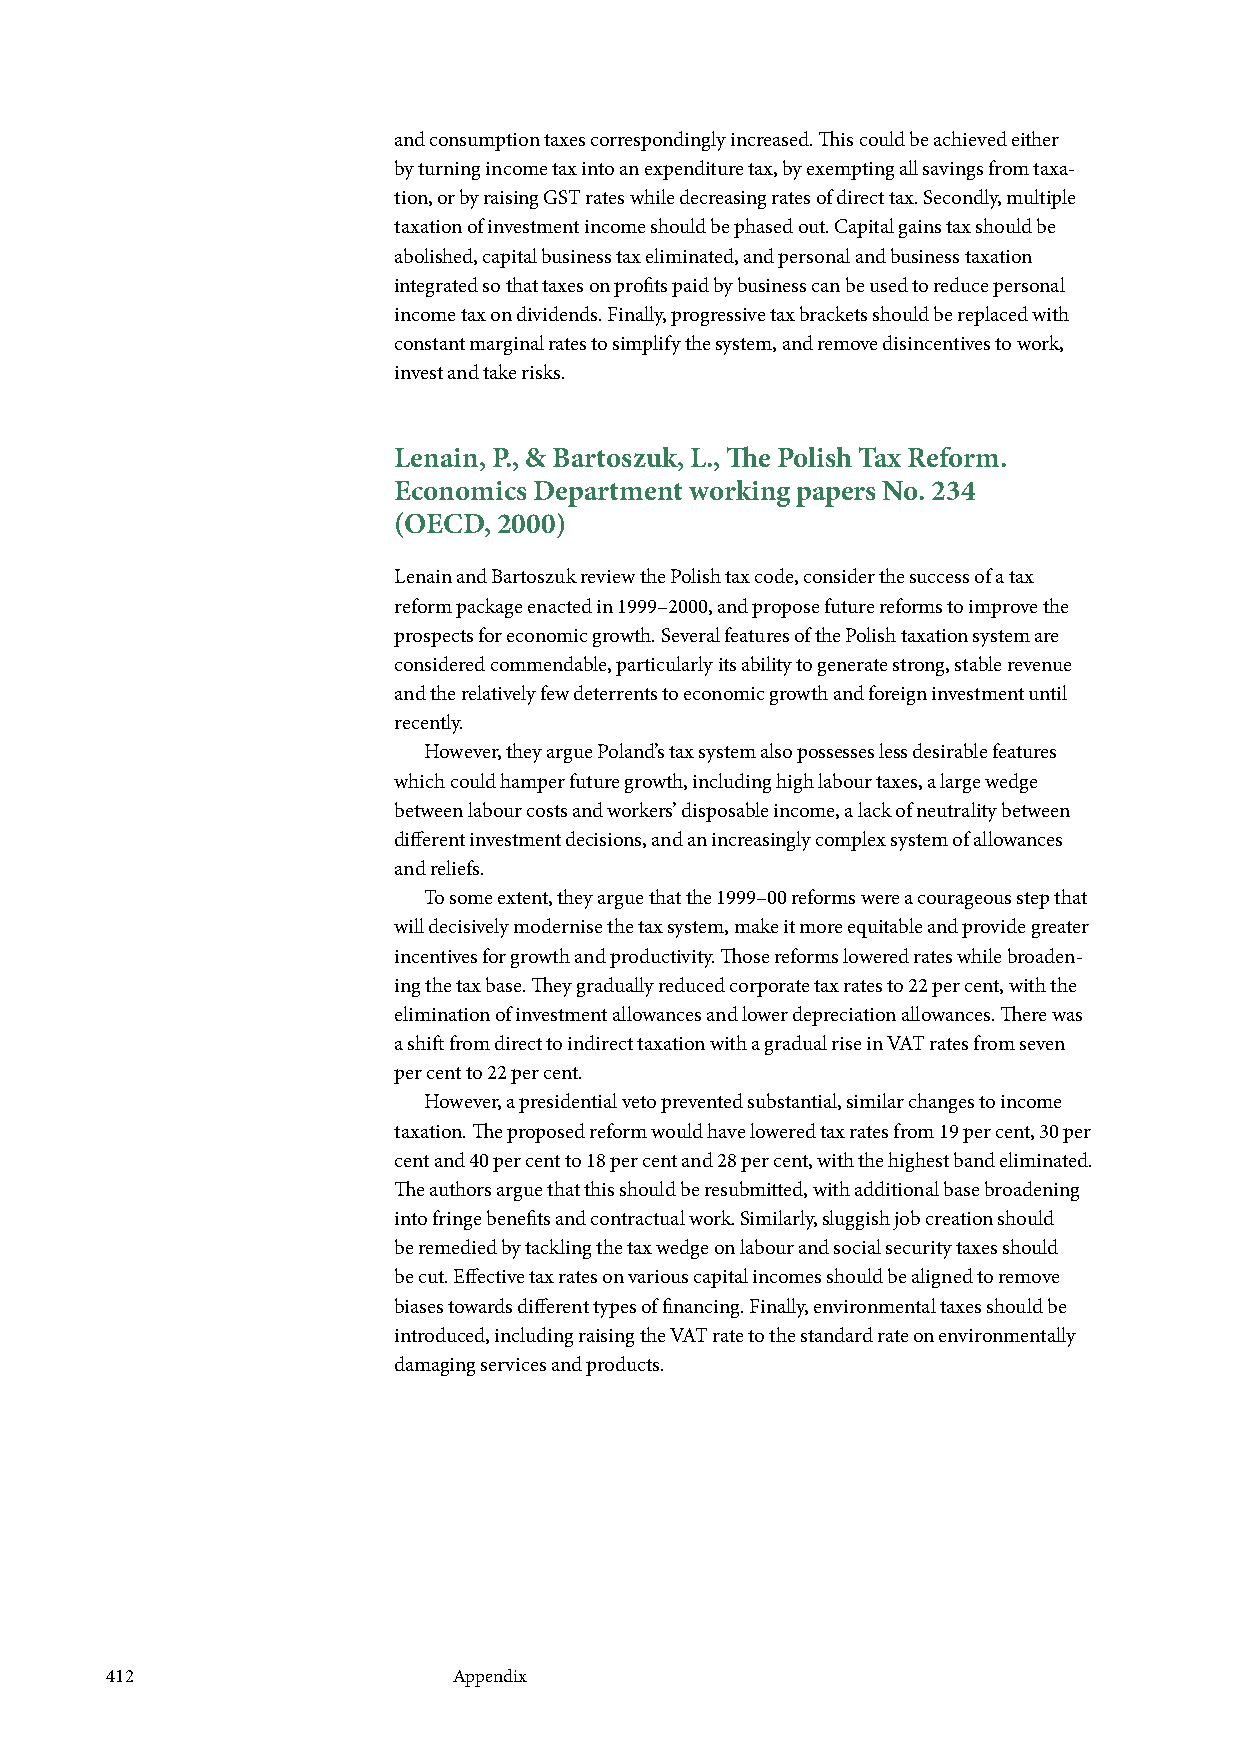
and consumption taxes correspondingly increased. This could be achieved either
 by turning income tax into an expenditure tax, by exempting all savings from taxa-
 tion, or by raising GST rates while decreasing rates of direct tax. Secondly, multiple
 taxation of investment income should be phased out. Capital gains tax should be
 abolished, capital business tax eliminated, and personal and business taxation
 integrated so that taxes on profits paid by business can be used to reduce personal
 income tax on dividends. Finally, progressive tax brackets should be replaced with
 constant marginal rates to simplify the system, and remove disincentives to work,
 invest and take risks.
 Lenain, P., & Bartoszuk, L., The Polish Tax Reform.
 Economics Department working papers No. 234
 (OECD, 2000)
 Lenain and Bartoszuk review the Polish tax code, consider the success of a tax
 reform package enacted in 1999–2000, and propose future reforms to improve the
 prospects for economic growth. Several features of the Polish taxation system are
 considered commendable, particularly its ability to generate strong, stable revenue
 and the relatively few deterrents to economic growth and foreign investment until
 recently.
 However, they argue Poland’s tax system also possesses less desirable features
 which could hamper future growth, including high labour taxes, a large wedge
 between labour costs and workers’ disposable income, a lack of neutrality between
 different investment decisions, and an increasingly complex system of allowances
 and reliefs.
 To some extent, they argue that the 1999–00 reforms were a courageous step that
 will decisively modernise the tax system, make it more equitable and provide greater
 incentives for growth and productivity. Those reforms lowered rates while broaden-
 ing the tax base. They gradually reduced corporate tax rates to 22 per cent, with the
 elimination of investment allowances and lower depreciation allowances. There was
 a shift from direct to indirect taxation with a gradual rise in VAT rates from seven
 per cent to 22 per cent.
 However, a presidential veto prevented substantial, similar changes to income
 taxation. The proposed reform would have lowered tax rates from 19 per cent, 30 per
 cent and 40 per cent to 18 per cent and 28 per cent, with the highest band eliminated.
 The authors argue that this should be resubmitted, with additional base broadening
 into fringe benefits and contractual work. Similarly, sluggish job creation should
 be remedied by tackling the tax wedge on labour and social security taxes should
 be cut. Effective tax rates on various capital incomes should be aligned to remove
 biases towards different types of financing. Finally, environmental taxes should be
 introduced, including raising the VAT rate to the standard rate on environmentally
 damaging services and products.
 412                    Appendix